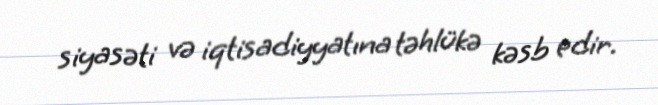
siyasəti və iqtisadiyyatına təhlükə kəsb edir.